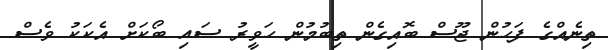
ތިނެއްގެ ފަހުން ޖޫސް ބޮއިގެން ތިބުމުން ހަވީރު ސައި ބޯކަށް އެކަކު ވެސް